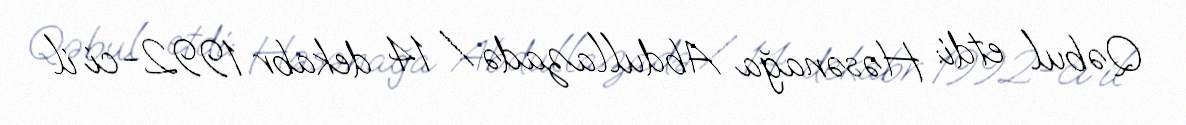
Qəbul etdi: Həsənağa Abdullazadə / 14 dekabr 1992-ci il